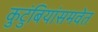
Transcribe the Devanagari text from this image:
कुटुंबियांसमवेत